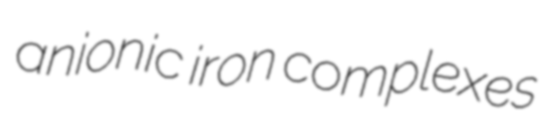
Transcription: anionic iron complexes